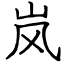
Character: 岚